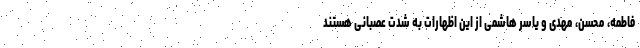
فاطمه، محسن، مهدی و یاسر هاشمی از این اظهارات به شدت عصبانی هستند